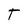
Character: T